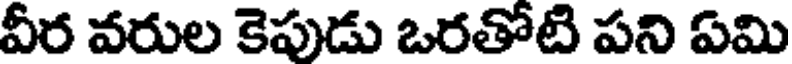
వీర వరుల కెపుడు ఒరతోటి పని ఏమి